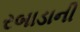
રબાડાની